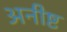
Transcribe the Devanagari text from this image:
अनीष्ट